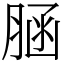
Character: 𦜆